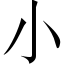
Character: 小